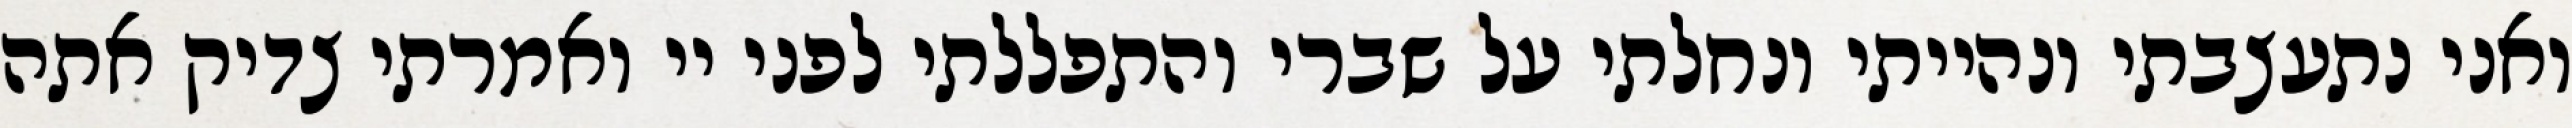
ואני נתעצבתי ונהייתי ונחלתי על שברי והתפללתי לפני יי ואמרתי צדיק אתה